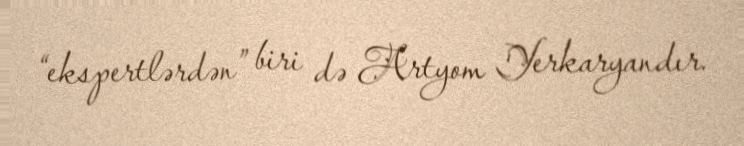
“ekspertlərdən” biri də Artyom Yerkaryandır.